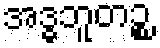
အဒ္ဓဘူတဉ္စ